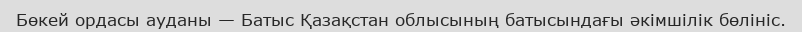
Бөкей ордасы ауданы — Батыс Қазақстан облысының батысындағы әкімшілік бөлініс.